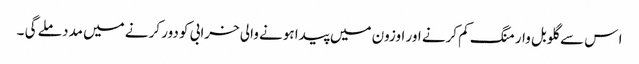
ا س سے گلوبل وارمنگ کم کرنے اور اوزون میں پیدا ہونے والی خرابی کو دور کرنے میں مدد ملے گی ۔